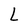
Character: L